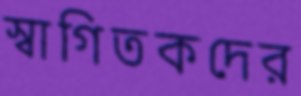
স্বাগিতকদের